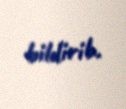
bildirib.